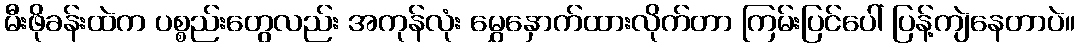
မီးဖိုခန်းထဲက ပစ္စည်းတွေလည်း အကုန်လုံး မွှေနှောက်ထားလိုက်တာ ကြမ်းပြင်ပေါ် ပြန့်ကျဲနေတာပဲ။